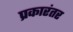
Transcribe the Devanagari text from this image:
प्रकारंतर